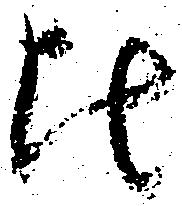
比